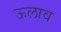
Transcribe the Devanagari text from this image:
ऊलाव